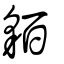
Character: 貃